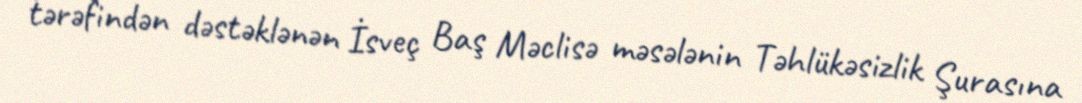
tərəfindən dəstəklənən İsveç Baş Məclisə məsələnin Təhlükəsizlik Şurasına